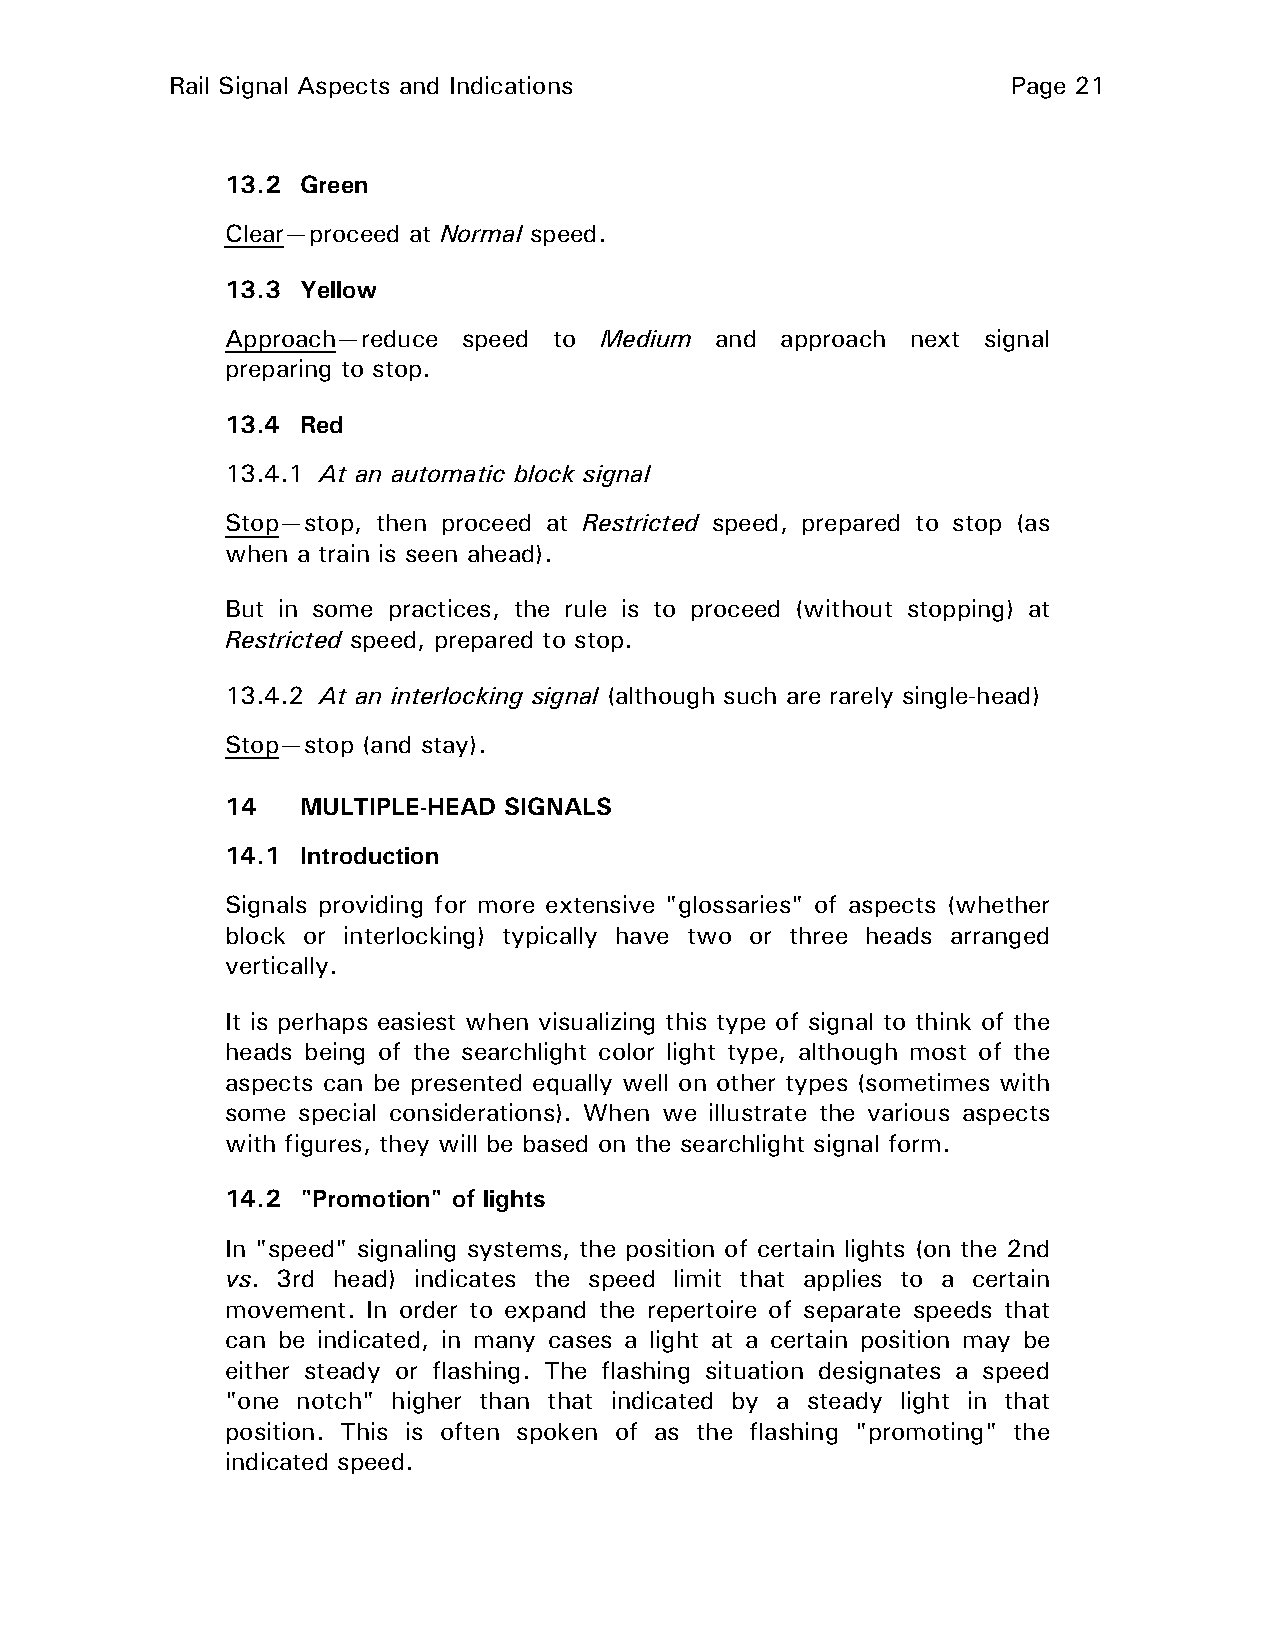
Rail Signal Aspects and Indications                     Page 21
 13.2 Green
 Clear—proceed at Normal speed.
 13.3 Yellow
 Approach—reduce speed to Medium and  approach next signal
 preparing to stop.
 13.4 Red
 13.4.1 At an automatic block signal
 Stop—stop, then proceed at Restricted speed, prepared to stop (as
 when a train is seen ahead).
 But in some practices, the rule is to proceed (without stopping) at
 Restricted speed, prepared to stop.
 13.4.2 At an interlocking signal (although such are rarely single-head)
 Stop—stop (and stay).
 14   MULTIPLE-HEAD SIGNALS
 14.1 Introduction
 Signals providing for more extensive "glossaries" of aspects (whether
 block or interlocking) typically have two or three heads arranged
 vertically.
 It is perhaps easiest when visualizing this type of signal to think of the
 heads being of the searchlight color light type, although most of the
 aspects can be presented equally well on other types (sometimes with
 some special considerations). When we illustrate the various aspects
 with figures, they will be based on the searchlight signal form.
 14.2 "Promotion" of lights
 In "speed" signaling systems, the position of certain lights (on the 2nd
 vs. 3rd head) indicates the speed limit that applies to a certain
 movement. In order to expand the repertoire of separate speeds that
 can be indicated, in many cases a light at a certain position may be
 either steady or flashing. The flashing situation designates a speed
 "one notch" higher than that indicated by a steady light in that
 position. This is often spoken of as the flashing "promoting" the
 indicated speed.